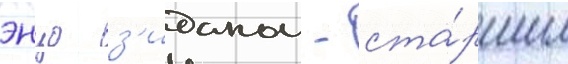
энцо з'иданом - ста́ршим